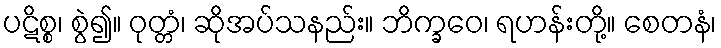
ပဋိစ္စ၊ စွဲ၍။ ဝုတ္တံ၊ ဆိုအပ်သနည်း။ ဘိက္ခဝေ၊ ရဟန်းတို့။ စေတနံ၊